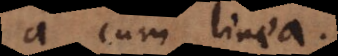
a cum linea.